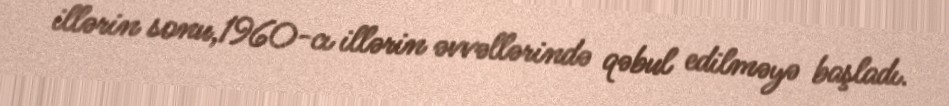
illərin sonu,1960-cı illərin əvvəllərində qəbul edilməyə başladı.